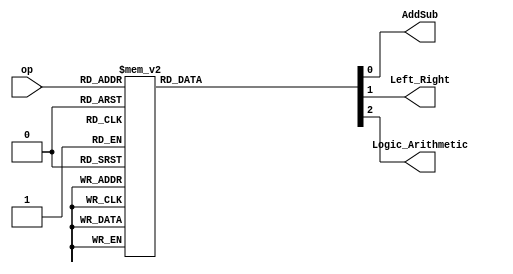
module OpMux
(
	input [2:0] op,
	output reg AddSub,
	output reg Left_Right,
	output reg Logic_Arithmetic
);

always @(op)
	case (op)
	3'b000: begin AddSub <= 1'b0; Left_Right <= 1'b0; Logic_Arithmetic <= 1'b0; end		// ADD
	3'b001: begin AddSub <= 1'b1; Left_Right <= 1'b0; Logic_Arithmetic <= 1'b0; end		// SUB
	3'b010: begin AddSub <= 1'b0; Left_Right <= 1'b0; Logic_Arithmetic <= 1'b0; end		// MUL
	3'b011: begin AddSub <= 1'b0; Left_Right <= 1'b0; Logic_Arithmetic <= 1'b0; end		// DIV
	3'b100: begin AddSub <= 1'b0; Left_Right <= 1'b0; Logic_Arithmetic <= 1'b0; end		// LSL
	3'b101: begin AddSub <= 1'b0; Left_Right <= 1'b1; Logic_Arithmetic <= 1'b0; end		// LSR
	3'b110: begin AddSub <= 1'b0; Left_Right <= 1'b0; Logic_Arithmetic <= 1'b1; end		// ASL
	3'b111: begin AddSub <= 1'b0; Left_Right <= 1'b1; Logic_Arithmetic <= 1'b1; end		// ASR
	endcase
	

endmodule